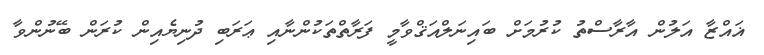
ޣައްޒާ އަލުން އާރާސްތު ކުރުމަށް ބައިނަލްއަޤްވާމީ ފަރާތްތަކުންނާއި ޢަރަބި ދުނިޔެއިން ކުރަން ބޭނުންވާ